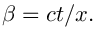
\beta = c t / x .